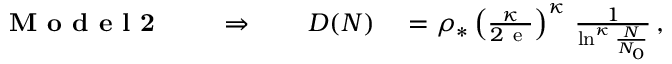
\begin{array} { r l } { \textbf { M o d e l 2 } \qquad \Rightarrow \qquad D ( N ) } & { { } = \rho _ { \ast } \left( \frac { \kappa } { 2 \mathrm { ~ e ~ } } \right) ^ { \kappa } \, \frac { 1 } { \ln ^ { \kappa } \frac { N } { N _ { 0 } } } \, , } \end{array}